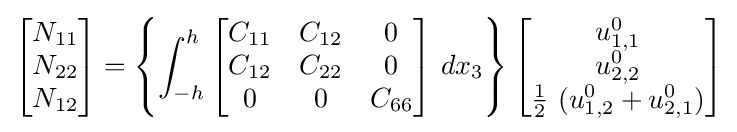
{\begin{bmatrix}N_{11}\\N_{22}\\N_{12}\end{bmatrix}}=\left\{\int _{-h}^{h}{\begin{bmatrix}C_{11}&C_{12}&0\\C_{12}&C_{22}&0\\0&0&C_{66}\end{bmatrix}}~dx_{3}\right\}{\begin{bmatrix}u_{1,1}^{0}\\u_{2,2}^{0}\\{\frac {1}{2}}~(u_{1,2}^{0}+u_{2,1}^{0})\end{bmatrix}}